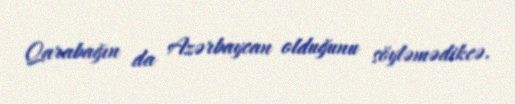
Qarabağın da Azərbaycan olduğunu söyləmədikcə.